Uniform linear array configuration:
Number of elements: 24
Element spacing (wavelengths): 0.25
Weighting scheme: exponential
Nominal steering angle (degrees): -45
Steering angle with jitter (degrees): -45.29
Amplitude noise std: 0.05
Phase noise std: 0.05

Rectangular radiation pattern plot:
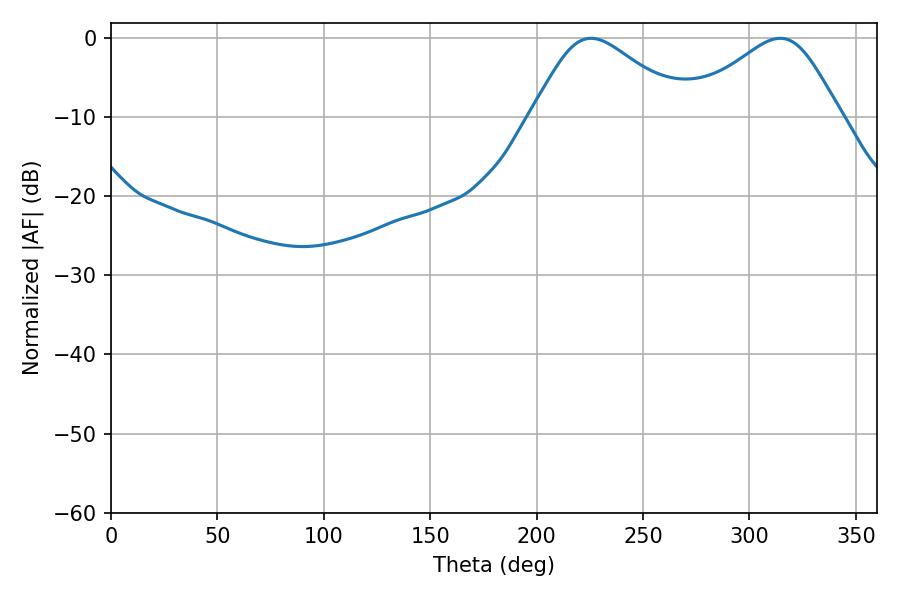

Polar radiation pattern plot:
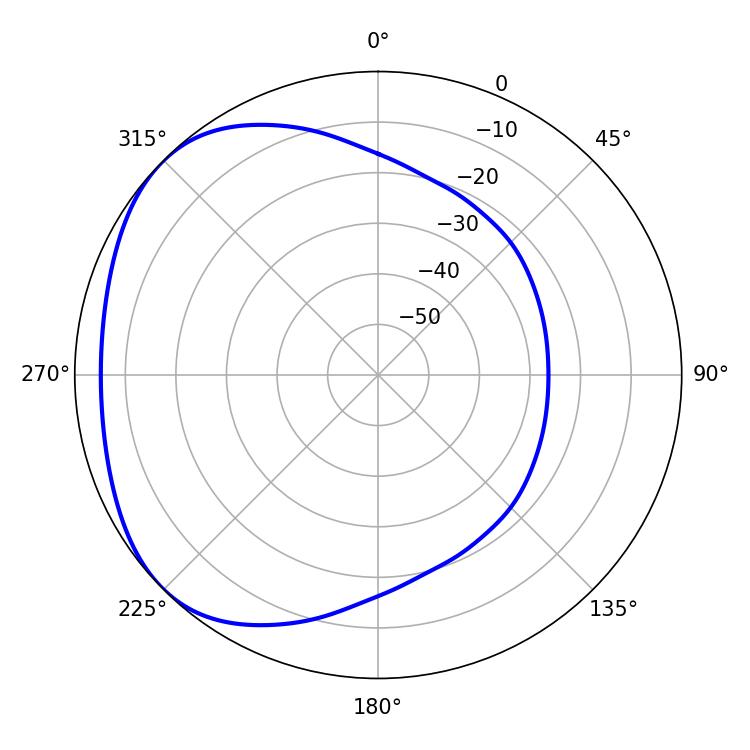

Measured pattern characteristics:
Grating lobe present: FALSE
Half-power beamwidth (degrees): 36
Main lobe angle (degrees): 225.54